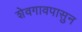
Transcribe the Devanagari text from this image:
शेवगावपासुन